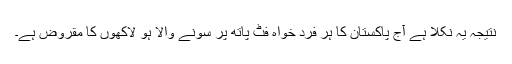
نتیجہ یہ نکلا ہے آج پاکستان کا ہر فرد خواہ فٹ پاتھ پر سونے والا ہو لاکھوں کا مقروض ہے۔